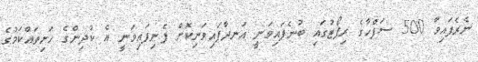
ނެރެފައިވާ 500 ސަފްހާގެ ރިޕޯޓުގައި ބުނެފައިވަނީ އަނދާފައިވަނިކޮށް ފެނިފައިވަނީ އެ ކުދިންގެ ހަށިތައްކަމުގެ